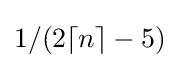
1/(2\lceil n\rceil -5)